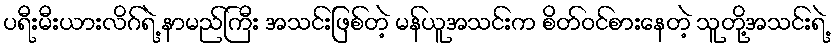
ပရီးမီးယားလိဂ်ရဲ့ နာမည်ကြီး အသင်းဖြစ်တဲ့ မန်ယူအသင်းက စိတ်ဝင်စားနေတဲ့ သူတို့အသင်းရဲ့